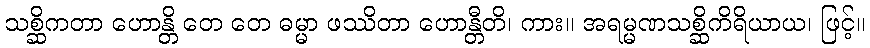
သစ္ဆိကတာ ဟောန္တိ တေ တေ ဓမ္မာ ဖဿိတာ ဟောန္တီတိ၊ ကား။ အရမ္မဏသစ္ဆိကိရိယာယ၊ ဖြင့်။